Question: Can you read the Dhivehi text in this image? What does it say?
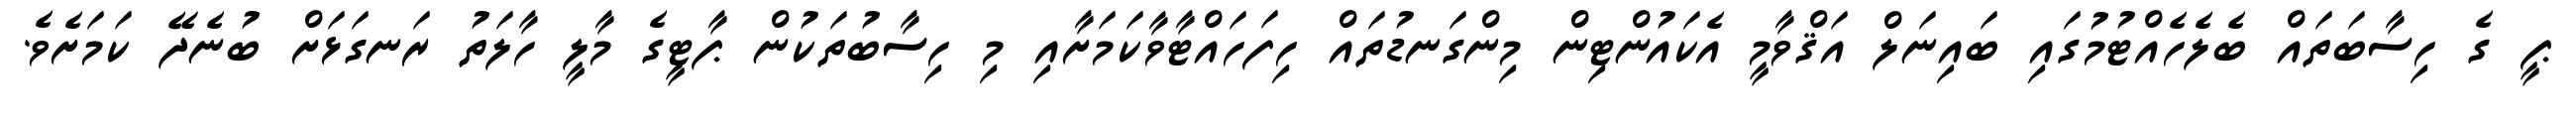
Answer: ޕީ ގެ ހިސާބަތައް ބެލެހެއްޓުމުގައި ބައިނަލް އަޤްވާމީ އެކައުންޓިން މިންގަނޑުތައް ހިފަހައްޓާވާކަމަށާއި މި ހިސާބުތަކުން ޕާޓީގެ މާލީ ހާލަތު ރަނގަޅަށް ބުނެދޭ ކަމަށެވެ.